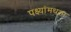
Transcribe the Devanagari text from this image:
पक्ष्यांमधला